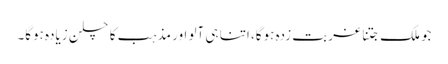
جو ملک جتنا غربت زدہ ہوگا، اتنا ہی آلو اور مذہب کا چلن زیادہ ہوگا۔